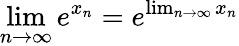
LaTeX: \operatorname*{lim}_{n\to\infty}e^{x_{n}}=e^{\operatorname*{lim}_{n\to\infty}x_{n}}